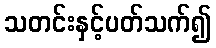
သတင်းနှင့်ပတ်သက်၍